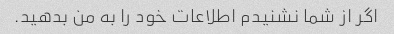
اگر از شما نشنیدم اطلاعات خود را به من بدهید.